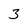
Character: 3